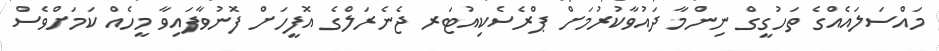
މައްސަލައެއްގެ ތަހުގީގް ނިންމާ ދައުވާކުރުމަށް ޕްރެސެކިއުޓަރ ޖެނެރަލްގެ އޮފީހަށް ފޮނުވާފައިވާ މީހެއް ކަމަށްވެސް